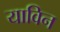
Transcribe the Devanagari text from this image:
याविन